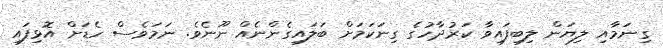
ގިނަމާއި ލިޔަން ލިބިފައިވާ ކަރުދާހުގެ ގިނަކަމަށް ބަލައިގެންނެއް ނޫނެވެ. ނަމަވެސް ހެޑަށް އޮޅިފައި